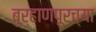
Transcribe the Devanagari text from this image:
बुऱ्हाणपूरच्या